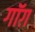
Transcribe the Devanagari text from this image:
गॉग़